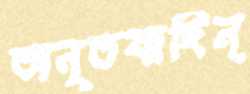
অনৃতবাদিন্